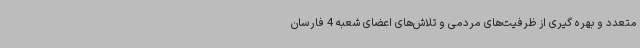
متعدد و بهره گیری از ظرفیت‌های مردمی و تلاش‌های اعضای شعبه 4 فارسان